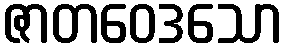
ဇာတဝေဒသော